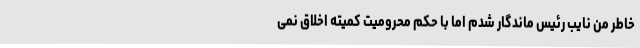
خاطر من نایب رئیس ماندگار شدم اما با حکم محرومیت کمیته اخلاق نمی